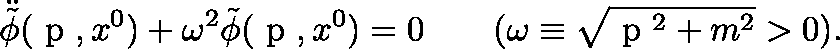
\ddot { \tilde { \phi } } ( \mathrm { \boldmath ~ p ~ } , x ^ { 0 } ) + \omega ^ { 2 } \tilde { \phi } ( \mathrm { \boldmath ~ p ~ } , x ^ { 0 } ) = 0 \qquad ( \omega \equiv \sqrt { \mathrm { \boldmath ~ p ~ } ^ { 2 } + m ^ { 2 } } > 0 ) .